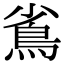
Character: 䲵